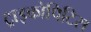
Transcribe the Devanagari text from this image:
ट्राइकोपिटिस